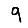
Digit: 9